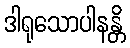
ဒါရုသောပါနန္တိ